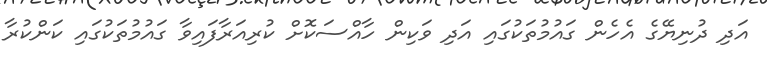
އަދި ދުނިޔޭގެ އެހެން ގައުމުތަކުގައި އަދި ވަކިން ހާއްސަކޮށް ކުރިއަރާފައިވާ ގައުމުތަކުގައި ކަންކުރާ